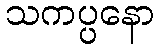
သကပ္ပနော